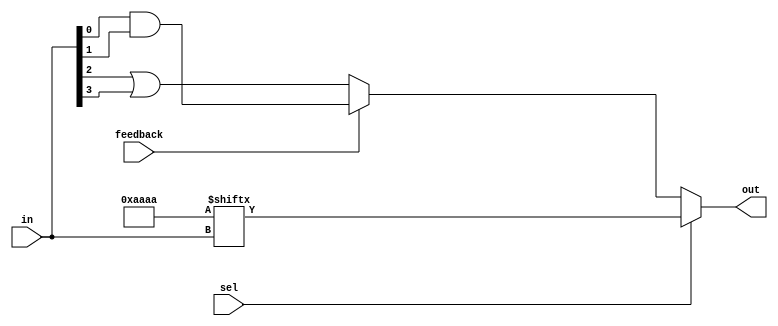
module combinational_logic_block (
    input wire [3:0] in,          // 4-bit input signals
    input wire sel,               // Multiplexer select signal
    input wire feedback,          // Feedback signal for more complex logic
    output wire out               // Output signal
);

// Configuration for the Lookup Table (LUT)
// This LUT can be programmed to implement different logic functions
reg [15:0] lut; // 4-bit input can have 16 combinations for a 4-input LUT

// Feedback path logic
wire feedback_logic;
assign feedback_logic = feedback ? in[0] & in[1] : in[2] | in[3]; // Example feedback logic

// Initialize LUT with a specific logic function
initial begin
    // Example: LUT programmed for a specific function
    // LUT[0] = f(0,0,0,0), LUT[1] = f(0,0,0,1), ..., LUT[15] = f(1,1,1,1)
    // Here we can set different logic functions based on requirements
    lut = 16'b1010101010101010; // Example LUT values (for demonstration)
end

// Logic function using LUT
wire lut_out;
assign lut_out = lut[{in[3], in[2], in[1], in[0]}]; // Access LUT based on input

// Multiplexer to select between LUT output and feedback logic
assign out = sel ? lut_out : feedback_logic;

endmodule